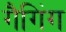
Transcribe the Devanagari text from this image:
गैगिंग